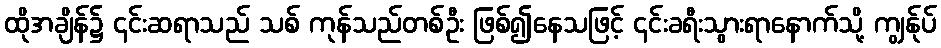
ထိုအချိန်၌ ၄င်းဆရာသည် သစ် ကုန်သည်တစ်ဦး ဖြစ်၍နေသဖြင့် ၄င်းခရီးသွားရာနောက်သို့ ကျွန်ုပ်